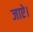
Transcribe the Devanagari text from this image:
जाऐ।